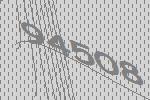
94508